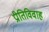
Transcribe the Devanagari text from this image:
प्रीतिविवाह